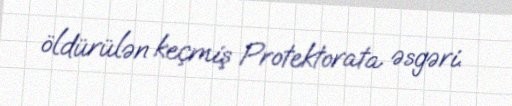
öldürülən keçmiş Protektorata əsgəri.